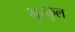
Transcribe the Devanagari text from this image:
भुरकुल